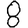
Digit: 8